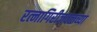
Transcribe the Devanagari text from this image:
रत्नागिरीजवळच्या